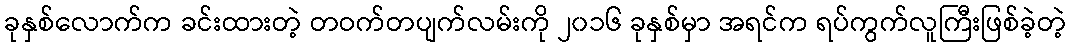
ခုနှစ်လောက်က ခင်းထားတဲ့ တဝက်တပျက်လမ်းကို ၂၀၁၆ ခုနှစ်မှာ အရင်က ရပ်ကွက်လူကြီးဖြစ်ခဲ့တဲ့